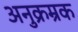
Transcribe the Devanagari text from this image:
अनुक्रम्रक